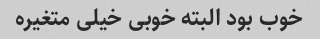
خوب بود البته خوبی خیلی متغیره